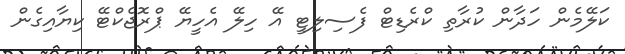
ކަލޭމެން ހަދާން ކުރާތި ކްރެޑިޓް ފެސިލިޓީ އޭ ހިލޭ އެހީޔޭ ޕްރޮޖެކްޓޭ ކިޔާއިގެން